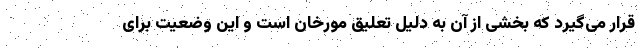
قرار می‌گیرد که بخشی از آن به دلیل تعلیق مورخان است و این وضعیت برای